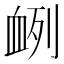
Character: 𮕠